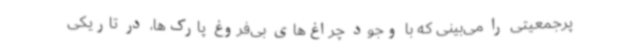
پرجمعیتی را می‌بینی که با وجود چراغ‌های بی‌فروغ پارک‌ها، در تاریکی